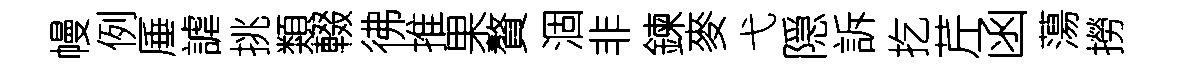
幔例厜謔挑類輟彿推果贅涸非鍊麥弋隠訴扢芹函蕩撈